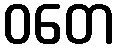
ဝတေ